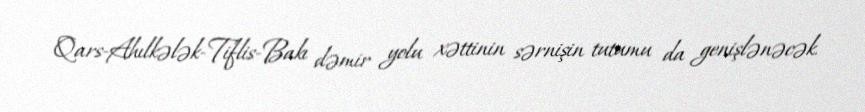
Qars-Ahılkələk-Tiflis-Bakı dəmir yolu xəttinin sərnişin tutumu da genişlənəcək.